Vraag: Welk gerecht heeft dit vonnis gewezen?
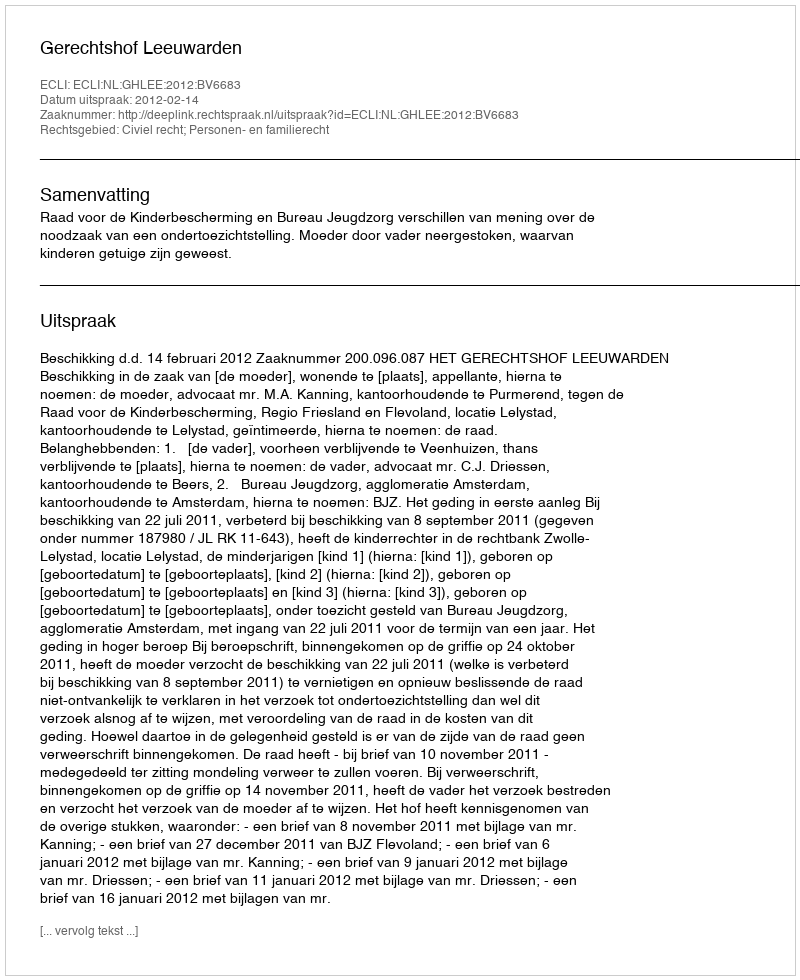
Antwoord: Gerechtshof Leeuwarden